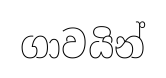
ගාවයින්